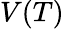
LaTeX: V(T)